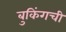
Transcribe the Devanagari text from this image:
बुकिंगची